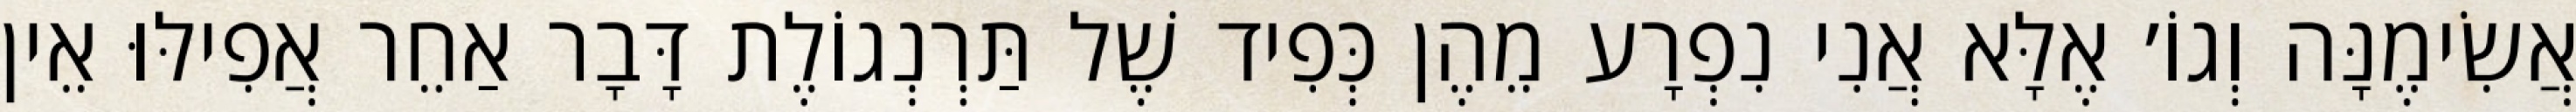
אֲשִׂימֶנָּה וְגוֹ׳ אֶלָּא אֲנִי נִפְרָע מֵהֶן כְּפִיד שֶׁל תַּרְנְגוֹלֶת דָּבָר אַחֵר אֲפִילּוּ אֵין